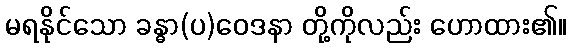
မရနိုင်သော ခန္ဓာ(ပ)ဝေဒနာ တို့ကိုလည်း ဟောထား၏။